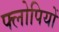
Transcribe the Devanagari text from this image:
फ्लोपियों